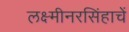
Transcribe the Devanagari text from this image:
लक्ष्मीनरसिंहाचें